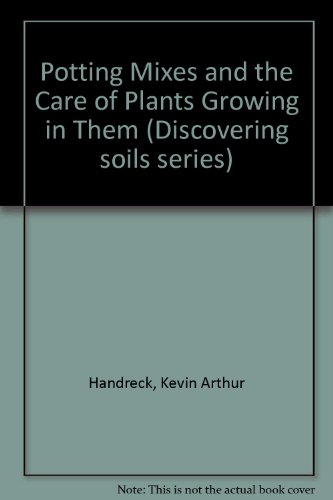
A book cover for Potting Mixes and the Care of Plants Growing in Them (Discovering Soils Series); CSIRO; Crafts, Hobbies & Home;